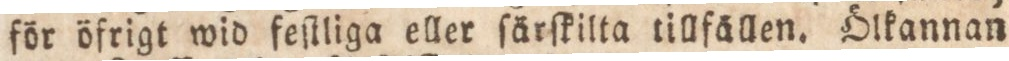
för öfrigt wid feſtliga eller ſärſkilla tillfällen. Ölkannan